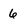
Character: 6